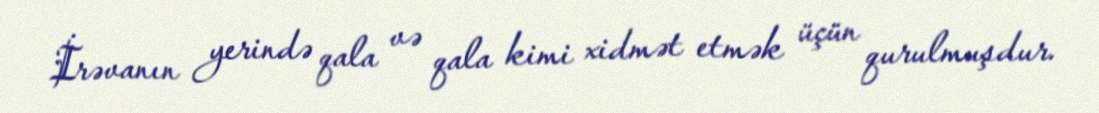
İrəvanın yerində qala və qala kimi xidmət etmək üçün qurulmuşdur.